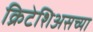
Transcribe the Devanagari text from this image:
क्रिटेशिअसच्या